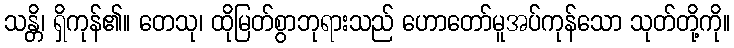
သန္တိ၊ ရှိကုန်၏။ တေသု၊ ထိုမြတ်စွာဘုရားသည် ဟောတော်မူအပ်ကုန်သော သုတ်တို့ကို။